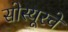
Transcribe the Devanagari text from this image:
सोस्यूरचे